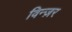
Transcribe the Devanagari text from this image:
विन्ज़र